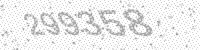
Solution: 299358